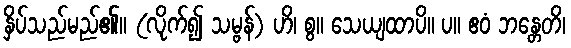
နှိပ်သည်မည်၏။ (လိုက်၍ သမ္ဗန်) ဟိ၊ စွ။ သေယျထာပိ။ ပ။ ဧဝံ ဘန္တေတိ၊